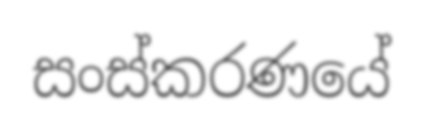
සංස්කරණයේ